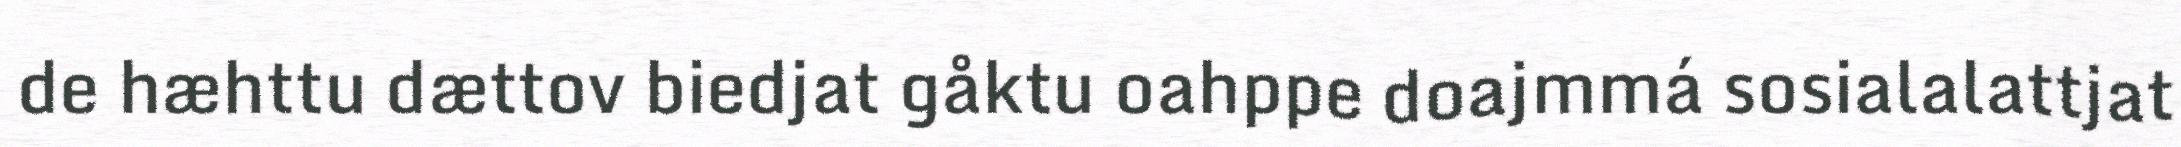
de hæhttu dættov biedjat gåktu oahppe doajmmá sosialalattjat